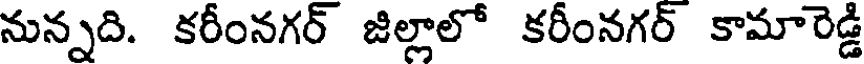
నున్నది. కరీంనగర్ జిల్లాలో కరీంనగర్ కామారెడ్డి